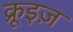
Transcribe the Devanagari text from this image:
क्रूइज़